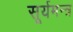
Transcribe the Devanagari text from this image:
सूर्यमन्त्र